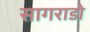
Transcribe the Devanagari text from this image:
सागराडो